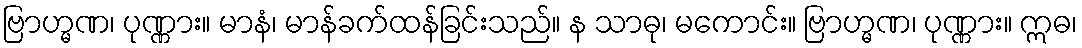
ဗြာဟ္မဏ၊ ပုဏ္ဏား။ မာနံ၊ မာန်ခက်ထန်ခြင်းသည်။ န သာဓု၊ မကောင်း။ ဗြာဟ္မဏ၊ ပုဏ္ဏား။ ဣဓ၊